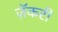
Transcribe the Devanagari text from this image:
ज़ॅकरी